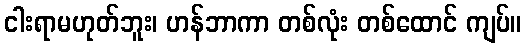
ငါးရာမဟုတ်ဘူး၊ ဟန်ဘာကာ တစ်လုံး တစ်ထောင် ကျပ်။